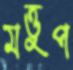
মত্তুপ